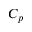
C _ { p }